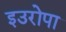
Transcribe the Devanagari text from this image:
इउरोपा